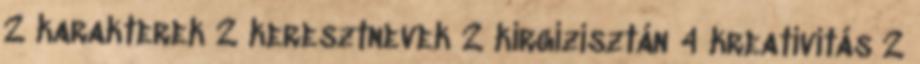
2 karakterek 2 keresztnevek 2 kirgizisztán 4 kreativitás 2